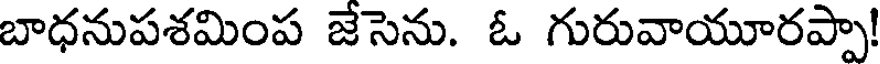
బాధనుపశమింప జేసెను. ఓ గురువాయూరప్పా!